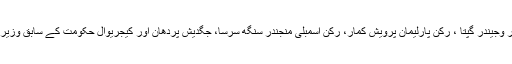
دہلی اسمبلی میں اپوزیشن کے لیڈر وجیندر گپتا ، رکن پارلیمان پرویش کمار، رکن اسمبلی منجندر سنگھ سرسا، جگدیش پردھان اور کیجریوال حکومت کے سابق وزیر کپل مشرا دھرنے میں شامل ہیں۔